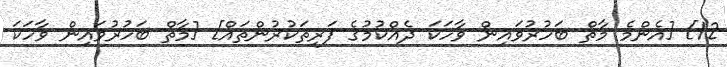
12] [އެންމެ މާތް ބަހުރުވައިން ވާހަކަ ދެއްކުމުގެ ފަރިތަކުރުންތައް] [މާތް ބަހުރުވައިން ވާހަކަ